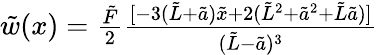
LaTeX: \begin{array}{r}{\tilde{w}(x)=\frac{\tilde{F}}{2}\frac{[-3(\tilde{L}+\tilde{a})\tilde{x}+2(\tilde{L}^{2}+\tilde{a}^{2}+\tilde{L}\tilde{a})]}{(\tilde{L}-\tilde{a})^{3}}}\end{array}